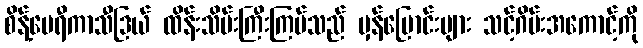
စိန့်မေရီကာသီဒြယ် ထိန်းသိမ်းကြီးကြပ်သည် မှန်ပြောင်းများ သင့်ဂိမ်းအကောင့်ကို